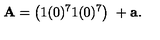
{ \bf A } = \left( 1 ( 0 ) ^ { 7 } 1 ( 0 ) ^ { 7 } \right) \ + { \bf a } .